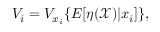
V _ { i } = V _ { x _ { i } } \{ E [ \eta ( \mathcal { X } ) \vert x _ { i } ] \} ,